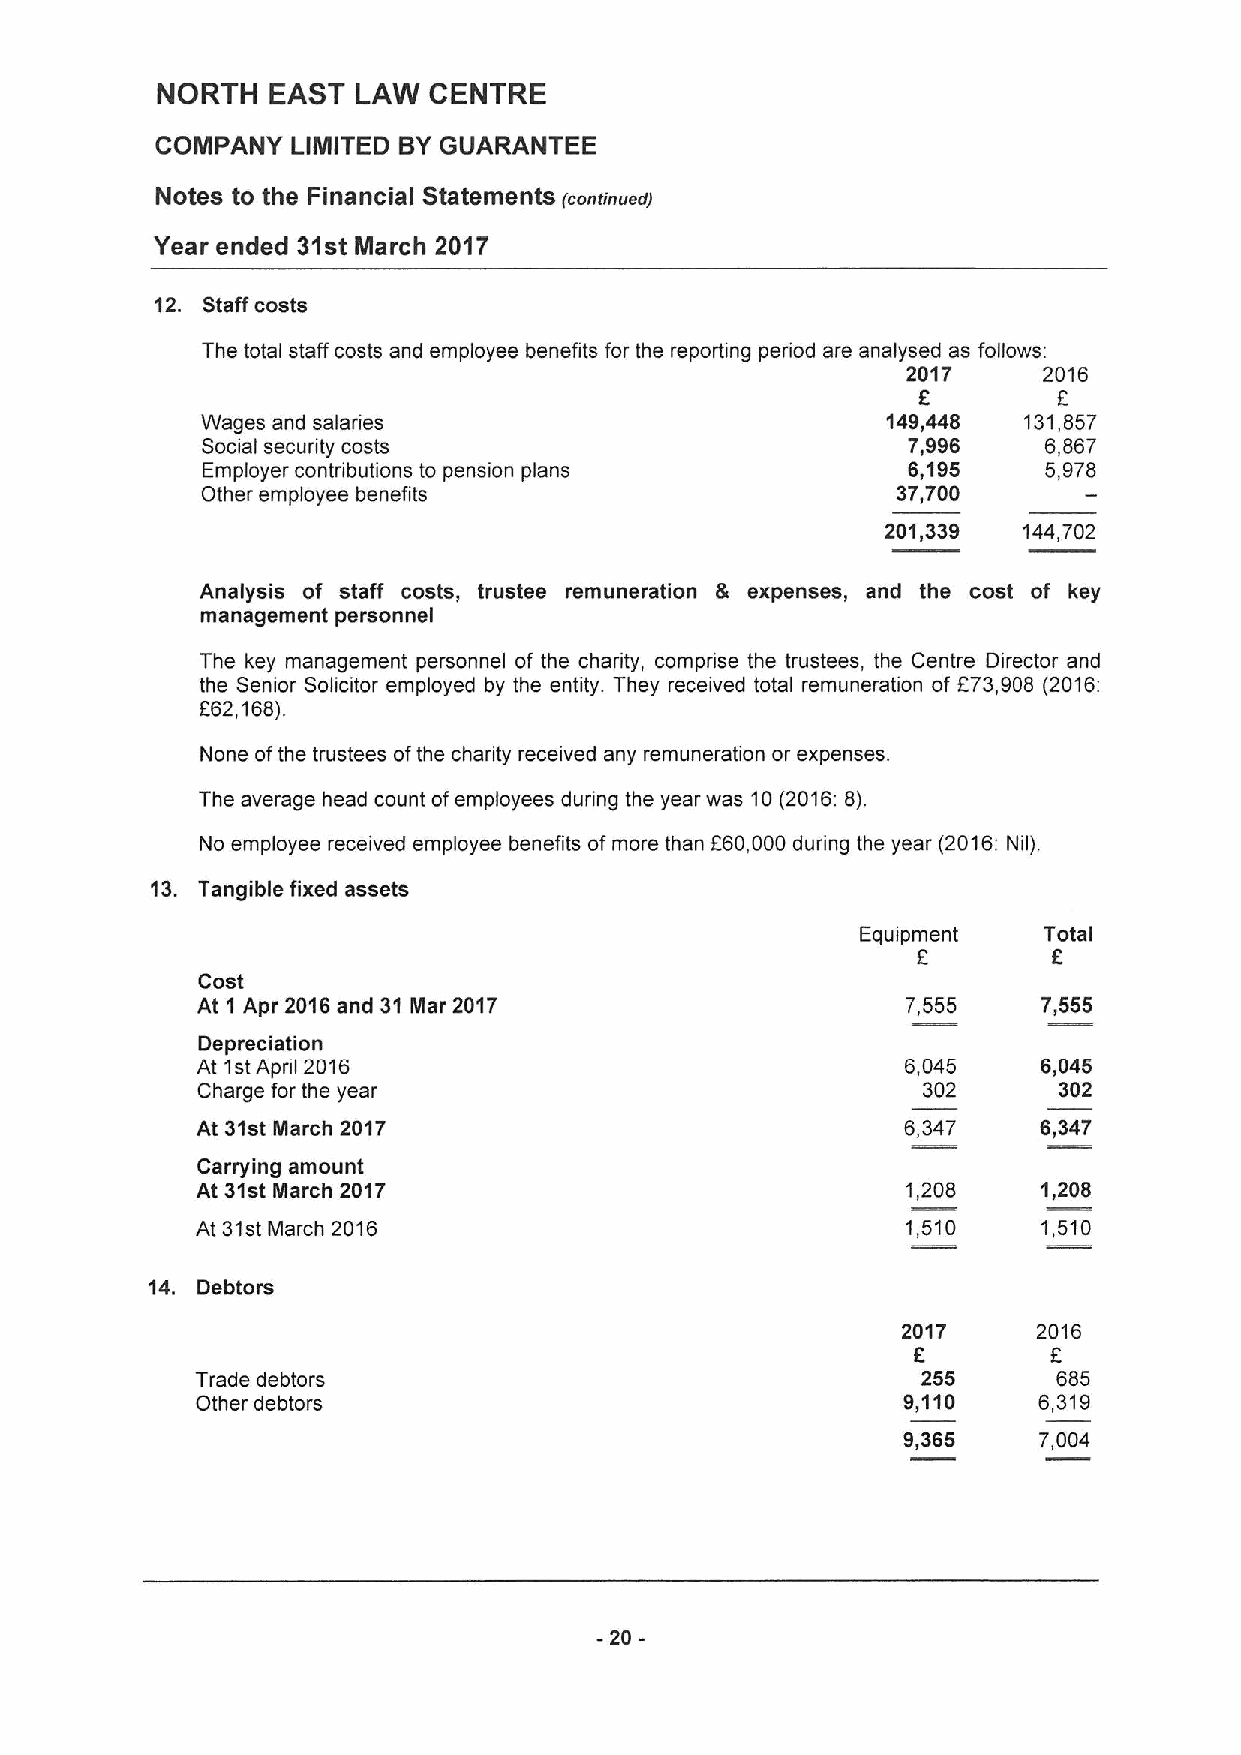
NORTH   EAST  LAW CENTRE
 COMPANY  LIMITED BYGUARANTEE
 Notes to the Financial Statements (continued)
 Year ended 31st March 2017
 12. Staff costs
 The total staff costs and employee benefits for the reporting period are analysed as follows:
 2017     2016
 f
 Wages and salaries                            149,448  131,857
 Social security costs                          7,996    6,867
 Employer contributions to pension plans        6,195    5,978
 Other employee benefits                       37,700
 201,339  144,702
 Analysis of staff costs, trustee remuneration & expenses, and the cost of key
 management personnel
 The key management personnel of the charity, comprise the trustees, the Centre Director and
 the Senior Solicitor employed by the entity. They received total remuneration of E73,908 (2016:
 F62,168).
 None ofthe trustees ofthe charity received any remuneration or expenses.
 The average head count ofemployees during the year was 10(2016;8).
 No employee received employee benefits ofmore than F60,000 during the year (2016: Nil).
 13. Tangible fixed assets
 Equipment   Total
 F        6
 Cost
 At 1 Apr 2016and 31 Mar 2017                   7,555    7,555
 Depreciation
 At 1stApnl 2016                                6,045    6,045
 Charge for the year                             302      302
 At 31st March 2017                             6,347    6,347
 Carrying amount
 At 31st March 2017                             1,208    1,208
 At 31stMarch 2016                              1,510    1,510
 14. Debtors
 2017     2016
 F         F
 Trade debtors                                   255      685
 Other debtors                                  9,110    6,319
 9,365    7,004
 -20